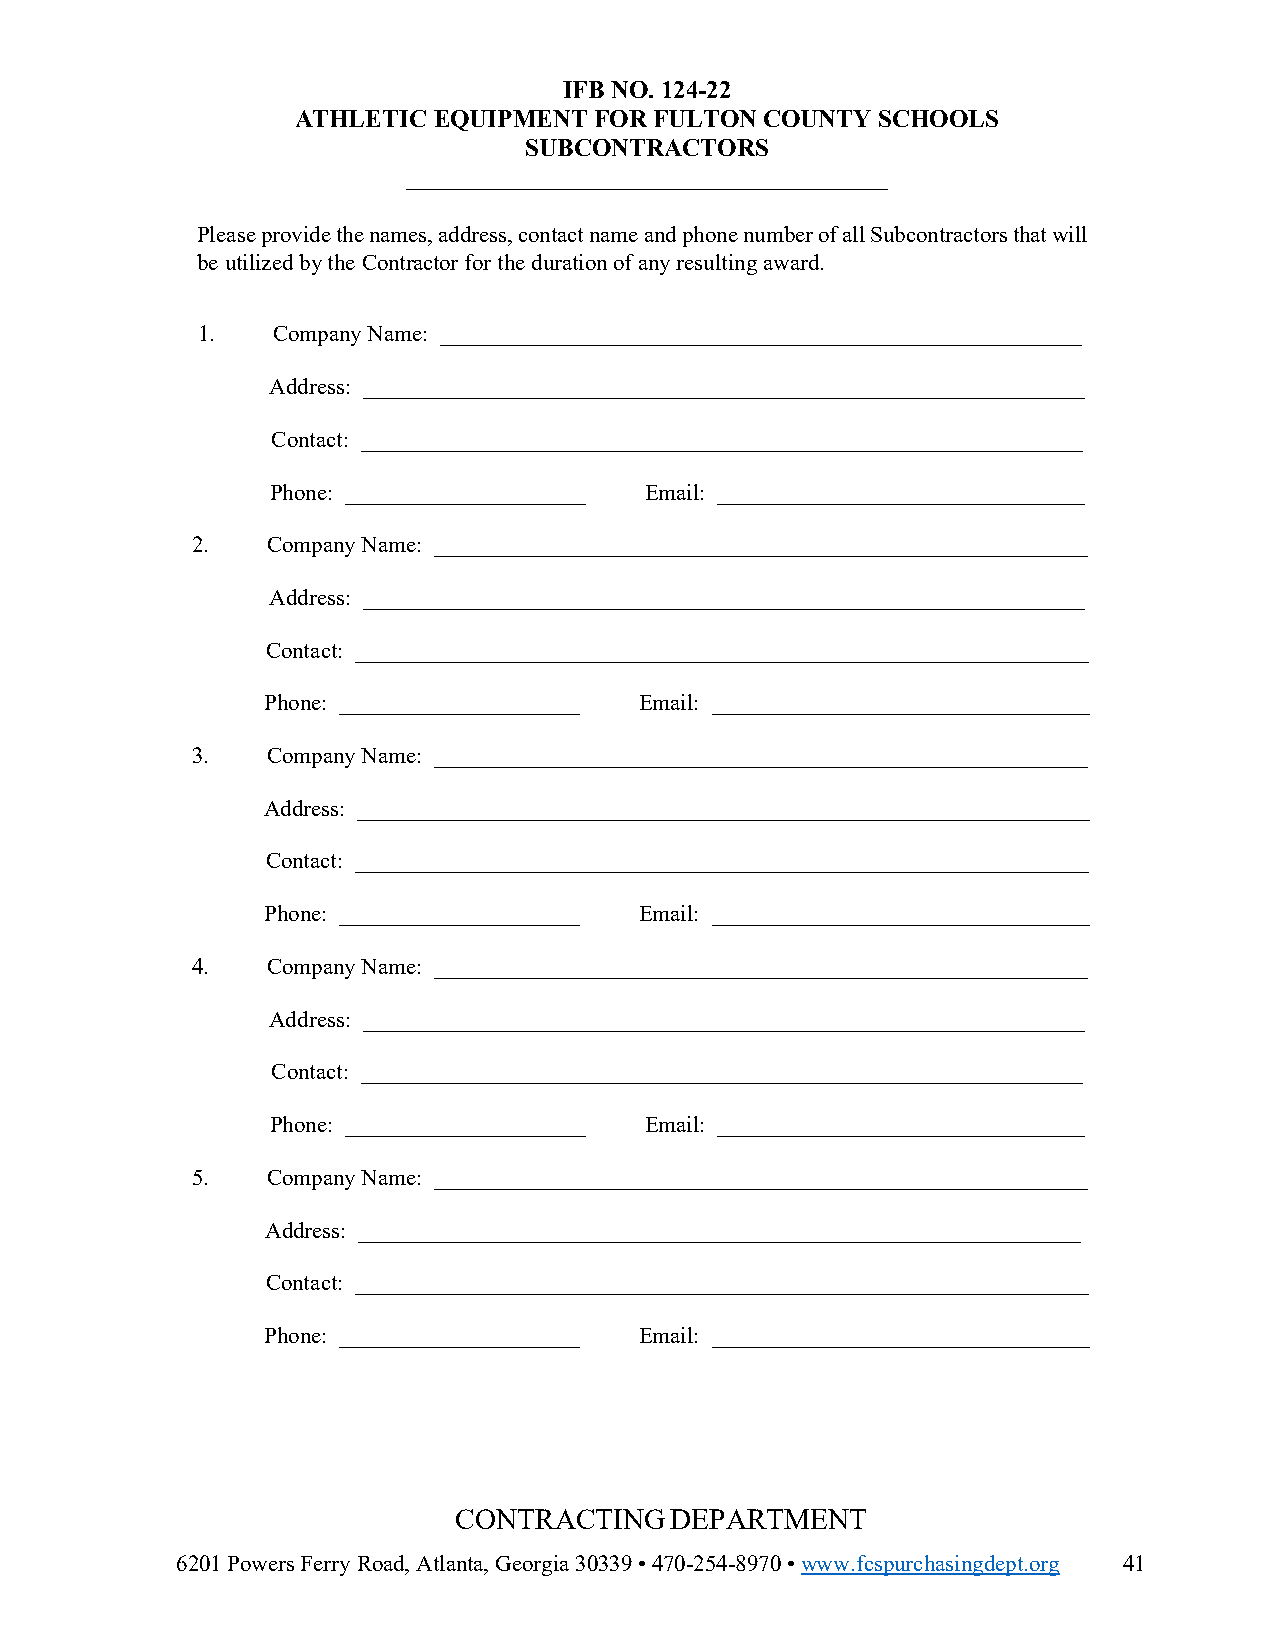
IFB NO. 124-22
 ATHLETIC EQUIPMENT FOR FULTON  COUNTY SCHOOLS
 SUBCONTRACTORS
 __________________________________________
 Please provide the names, address, contact name and phone number of all Subcontractors that will
 be utilized by the Contractor for the duration of any resulting award.
 1.   Company Name: ________________________________________________________
 Address: _______________________________________________________________
 Contact: _______________________________________________________________
 Phone: _____________________ Email: ________________________________
 2.   Company Name: _________________________________________________________
 Address: _______________________________________________________________
 Contact: ________________________________________________________________
 Phone: _____________________ Email: _________________________________
 3.   Company Name: _________________________________________________________
 Address: ________________________________________________________________
 Contact: ________________________________________________________________
 Phone: _____________________ Email: _________________________________
 4.   Company Name: _________________________________________________________
 Address: _______________________________________________________________
 Contact: _______________________________________________________________
 Phone: _____________________ Email: ________________________________
 5.   Company Name: _________________________________________________________
 Address: _______________________________________________________________
 Contact: ________________________________________________________________
 Phone: _____________________ Email: _________________________________
 CONTRACTING   DEPARTMENT
 6201 Powers Ferry Road, Atlanta, Georgia 30339 • 470-254-8970 • www.fcspurchasingdept.org 41